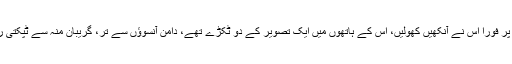
کی آواز گونجی جس پر فوراٌ اس نے آنکھیں کھولیں، اس کے ہاتھوں میں ایک تصویر کے دو ٹکڑے تھے، دامن آنسوؤں سے تر، گریبان منہ سے ٹپکتی رال سے لتھڑا ہوا تھا۔